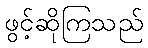
ဖွင့်ဆိုကြသည်